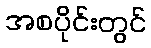
အစပိုင်းတွင်